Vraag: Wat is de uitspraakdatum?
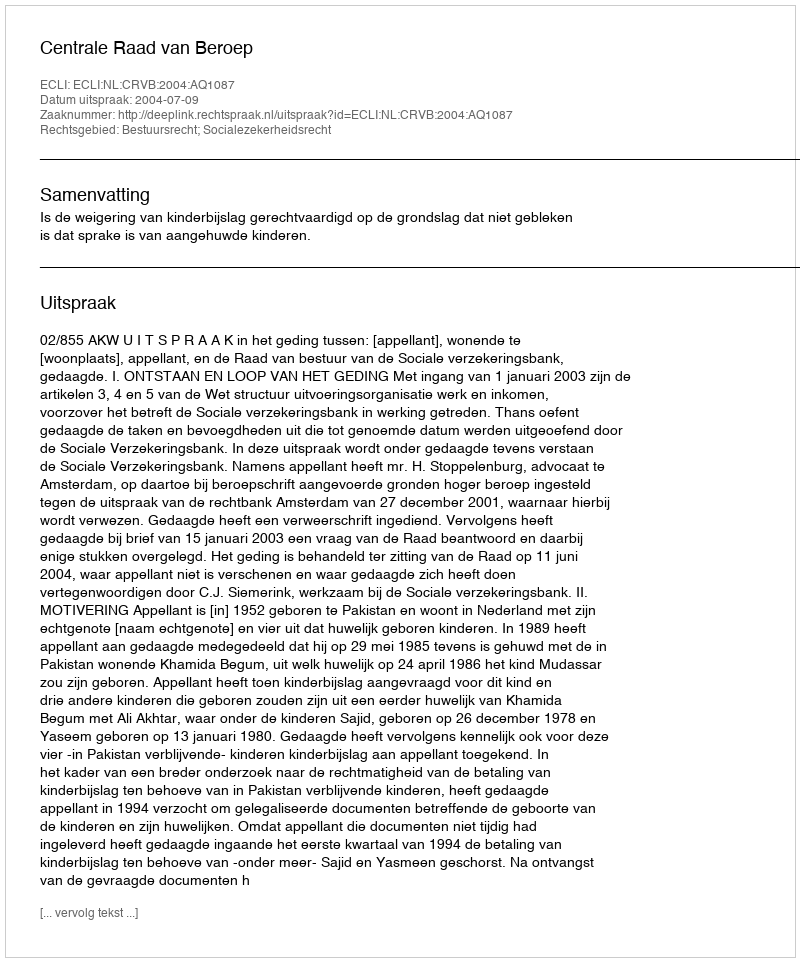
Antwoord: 2004-07-09